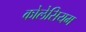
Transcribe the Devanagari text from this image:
कोलेसियम